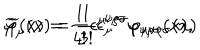
\widetilde { \varphi } _ { \mu } ( x ) = \frac 1 { 3 ! } \epsilon _ { \mu } ^ { \nu \rho \sigma } \varphi _ { \nu \rho \sigma } ( x ) , \hspace { 0 . 5 i n } \widetilde { \varphi } ( x ) = \frac 1 { 4 ! } \epsilon ^ { \mu \nu \rho \sigma } \varphi _ { \mu \nu \rho \sigma } ( x )